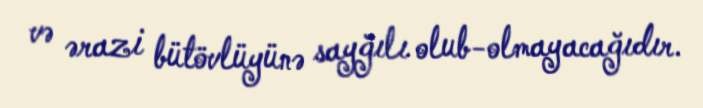
və ərazi bütövlüyünə sayğılı olub-olmayacağıdır.